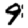
Digit: 9